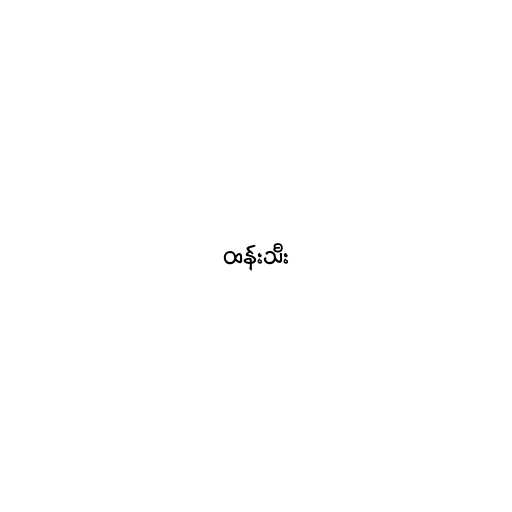
ထန်းသီး